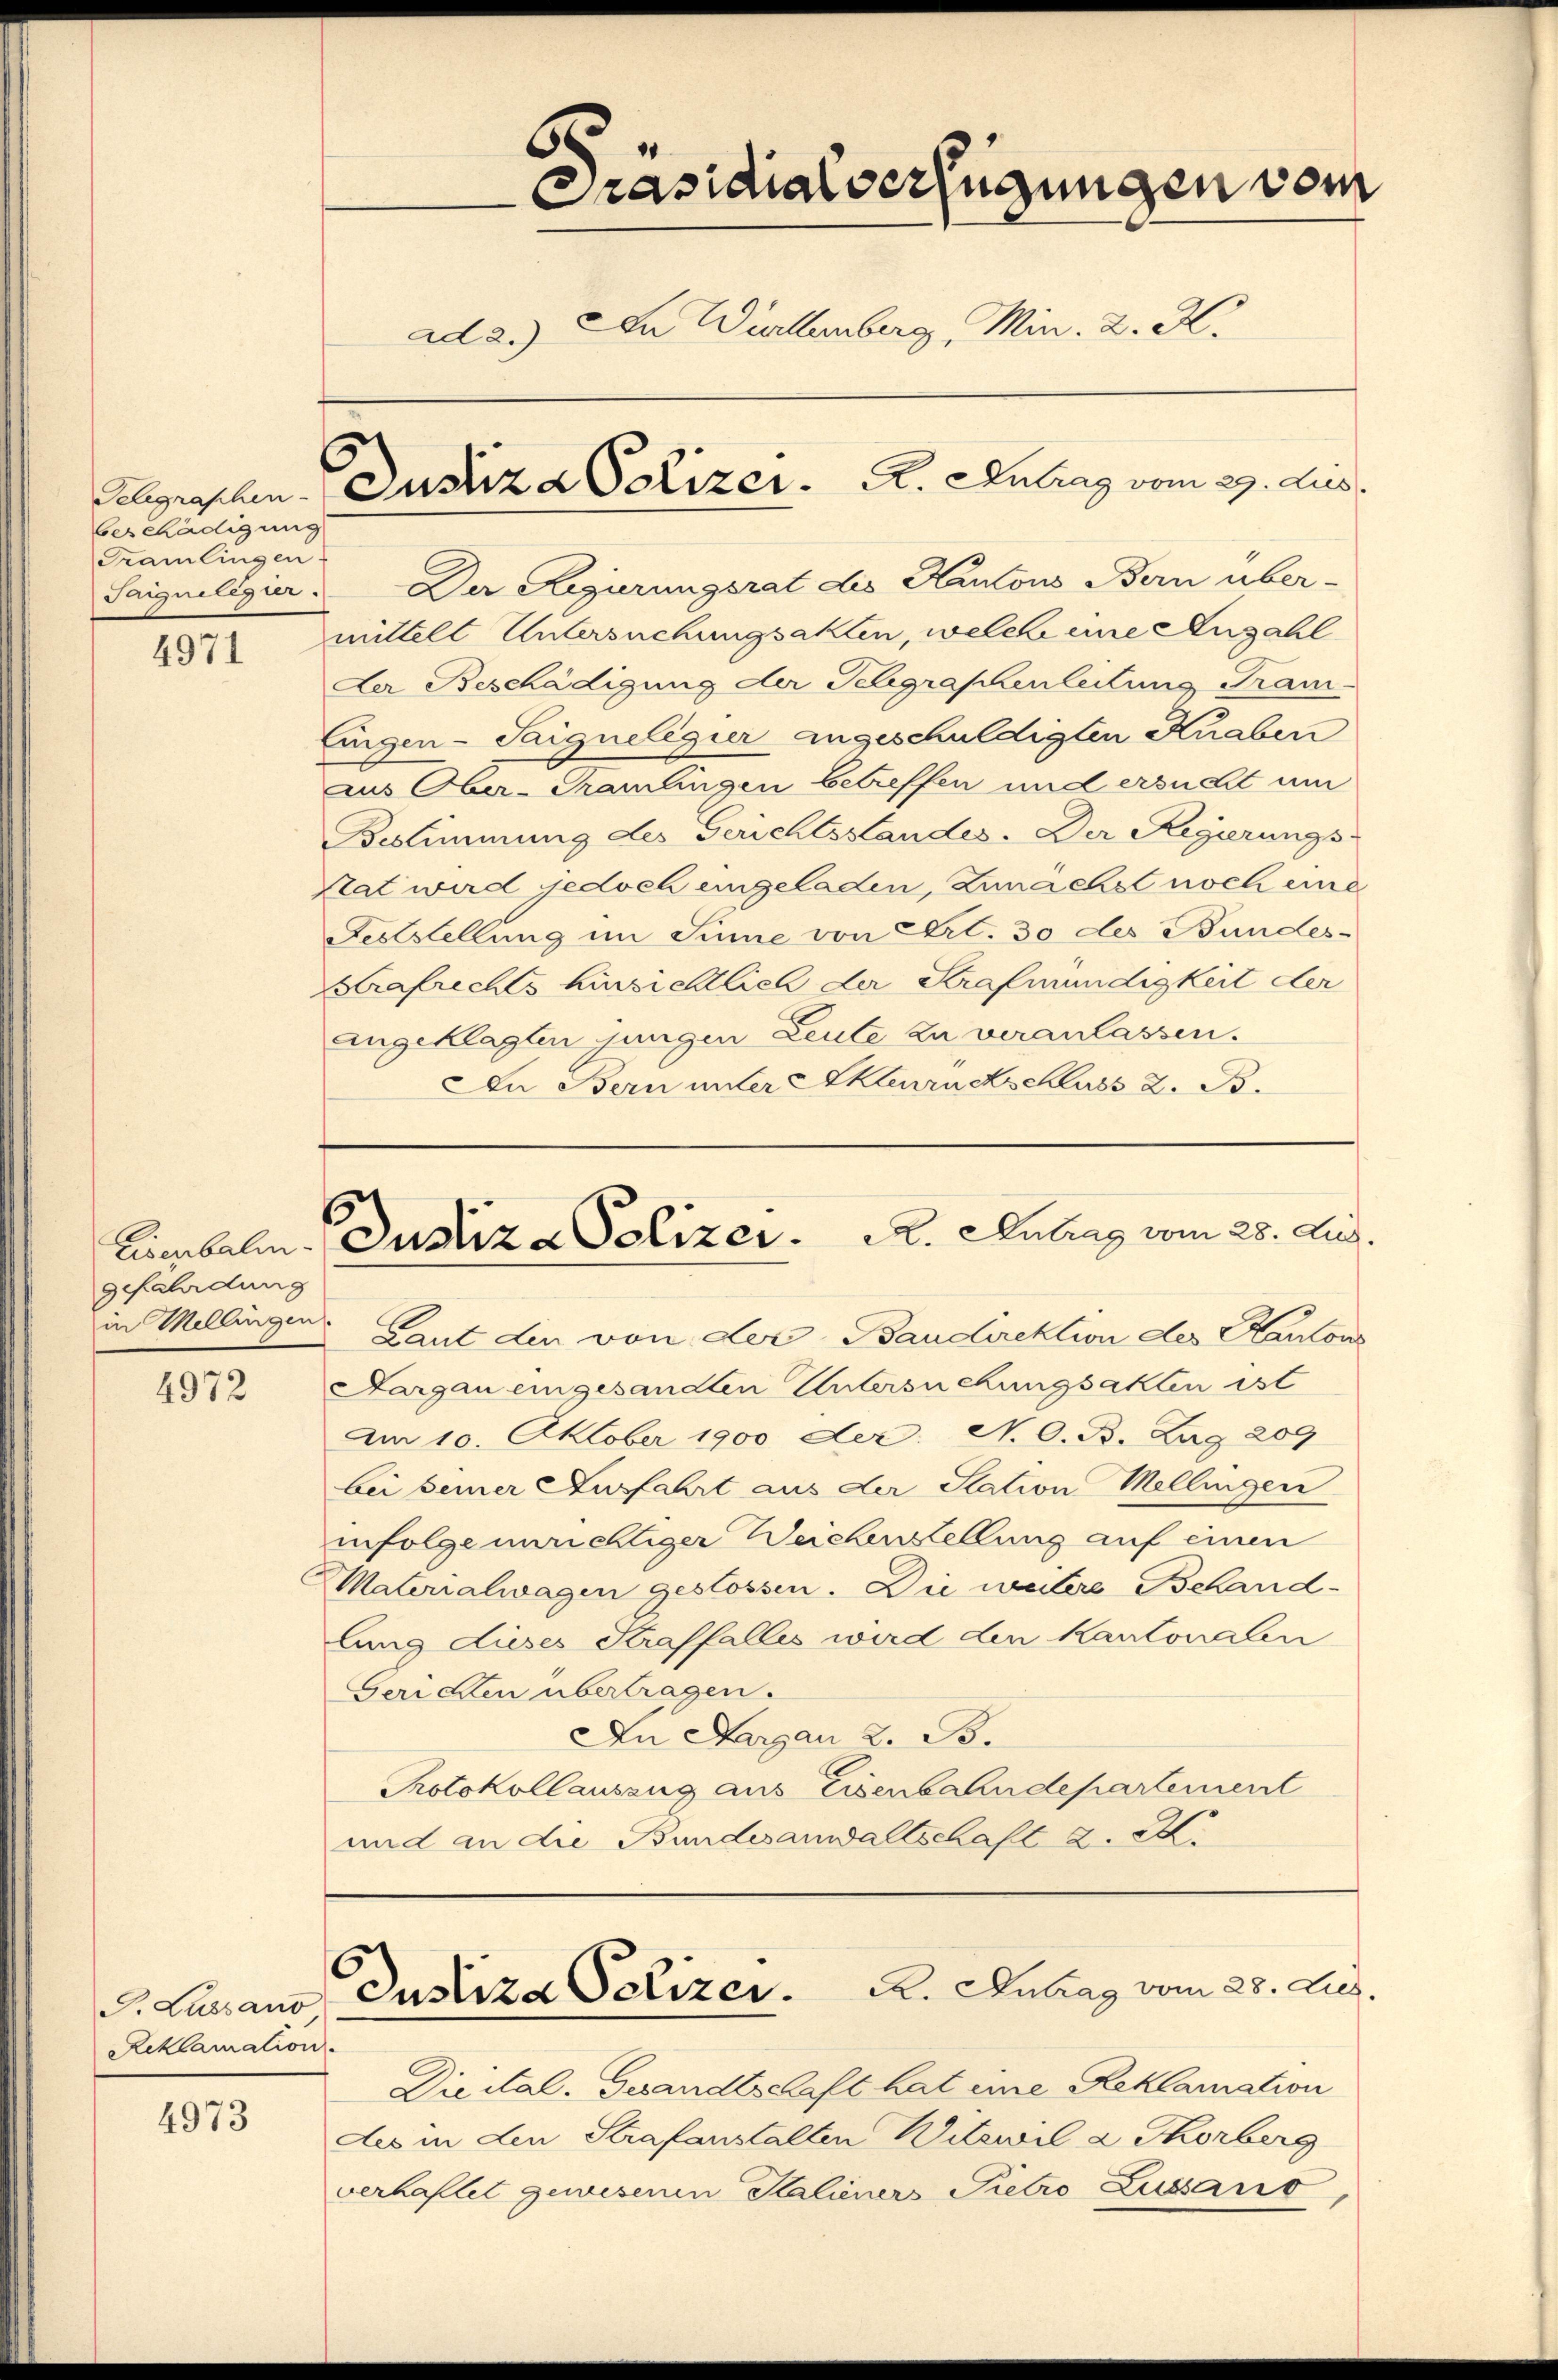
4971

Eisenbahn.
gefährdung

4972

4973

beschädigung
Cramlingen

P. Lussano
Reklamation.

60
Präsidialverfügungen vom
ad 2.) In Württemberg, Min. 2. X.
Belgraschen Justiza Polizer.   A. Antrag vom 29. Aus

Saiguiligur. Der Regierungsrat des Kantons Bern über-
mittelt Untersuchungsakten, welche eine Anzahl
Der Beschädigung der Telegraphenleitung Tram-
Eingen-Saignelegier angeschuldigten Knaben
aus Ober-Gramlingen betreffen und ersucht um
Bestimmung des Gerichtsstandes. Der Regierungs-
Stat wird jedoch eingeladen, Zunächst noch eine
Feststellung im Sinne von Art. 30 des Bundes¬
Kafrechts hinsichtlich der Strafmündigkeit der
angeklagten jungen Leute zu veranlassen.
Aa Bern unter Aktenradschluss 2. B.

Justiz - Polizer. R. Antrag vom 28. Aug.

Justiza Polizer. A. Antrag vom 28. Aug.

in Mellingen Laut den von der Baudirektion des Kantons
Aargau eingesandten Untersuchungsakten ist
Am 10. Oktober 1900 der N. O. B. Lag 209
bei seiner Ausfahrt aus der Station Mellingen
infolge unrichtiger Weichenstellung auf einen
Materialwagen gestossen. Die weitere Behand-
lung dieses Straffalles wird den Kantonalen
Geri den übertragen.
An Margau 2. B.
Protokollauszug aus Eisenbahndepartement
und an die Bundesanwaltschaft 2. 22.

Dieital. Gesandtschaft hat eine Reklamation
des in den Strafanstalten Witzwil a Tkorberg
verhaftet gewesenen Kalieners Pietro Zugano